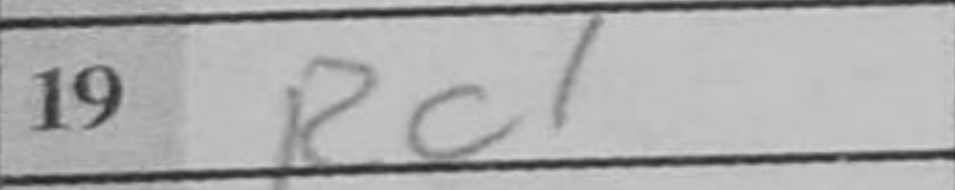
Transcription: Rc1